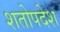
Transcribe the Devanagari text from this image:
शतोपदेश